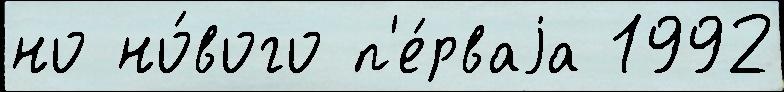
но но́вого п'е́рваjа 1992